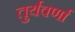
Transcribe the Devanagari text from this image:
तुर्यवर्णा